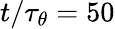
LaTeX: t/\tau_{\theta}=50